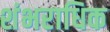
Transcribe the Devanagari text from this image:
शंभराधिक